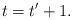
LaTeX: \begin{align*} t=t'+1. \end{align*}